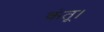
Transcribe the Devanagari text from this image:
कंतू।